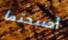
أصبحتما